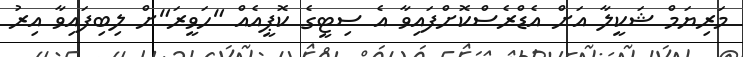
މަރިޔަމް ޝަކީލާ އަށް އެޑްރެސްކޮށްފައިވާ އެ ސިޓީގެ ކޮޕީއެއް "ހަވީރަ"ށް ލިބިފައިވާ އިރު